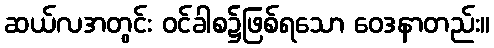
ဆယ်လအတွင်း ဝင်ခါစ၌ဖြစ်ရသော ဝေဒနာတည်း။